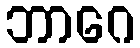
ဘာဂေ